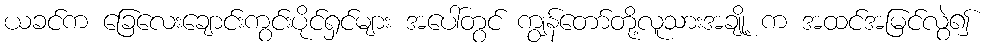
ယခင်က ခြေလေးချောင်းကွင်းပိုင်ရှင်များ အပေါ်တွင် ကျွန်တော်တို့လူသားအချို့ က အထင်အမြင်လွဲ၍